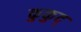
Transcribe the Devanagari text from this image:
कुकुद्